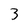
Character: 3